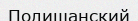
Полишанский